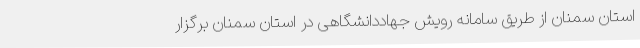
استان سمنان از طریق سامانه رویش جهاددانشگاهی در استان سمنان برگزار